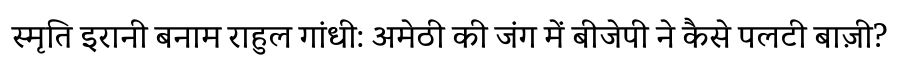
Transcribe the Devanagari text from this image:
स्मृति इरानी बनाम राहुल गांधी: अमेठी की जंग में बीजेपी ने कैसे पलटी बाज़ी?